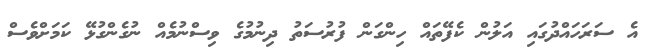
އެ ސަރަހައްދުގައި އަލުން ކެފޭތައް ހިންގަން ފުރުސަތު ދިނުމުގެ ވިސްނުމެއް ނުގެންގުޅޭ ކަމަށްވެސް